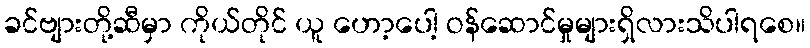
ခင်ဗျားတို့ဆီမှာ ကိုယ်တိုင် ယူ ဟော့ပေါ့ ဝန်ဆောင်မှုများရှိလားသိပါရစေ။